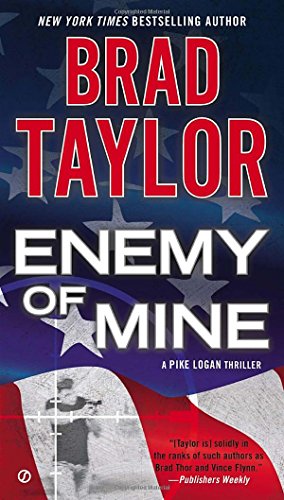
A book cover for Enemy of Mine (Pike Logan); Brad Taylor; Mystery, Thriller & Suspense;